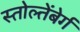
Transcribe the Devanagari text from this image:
स्तोल्तेंबेर्ग